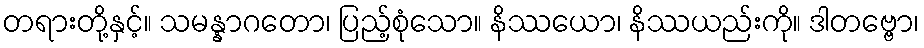
တရားတို့နှင့်။ သမန္နာဂတော၊ ပြည့်စုံသော။ နိဿယော၊ နိဿယည်းကို။ ဒါတဗ္ဗော၊